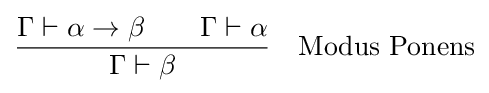
{\frac {\Gamma \vdash \alpha \rightarrow \beta \qquad \Gamma \vdash \alpha }{\Gamma \vdash \beta }}\quad {\text{Modus Ponens}}